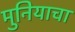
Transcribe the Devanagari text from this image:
मुनियाचा